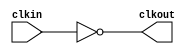
module bw_clk_gclk_inv_r90_224x (
    clkout,
    clkin );

    output clkout;
    input  clkin;
 
    assign clkout = ~( clkin );

endmodule